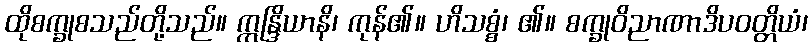
ထိုစက္ခုစသည်တို့သည်။ ဣန္ဒြိယာနိ၊ ကုန်၏။ ဟိသစ္စံ၊ ၏။ စက္ခုဝိညာဏာဒိပဝတ္တိယံ၊